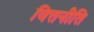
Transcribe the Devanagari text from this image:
वित्तनीति